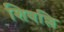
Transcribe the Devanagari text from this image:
शिवल्लि